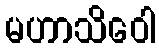
မဟာသိဝေါ